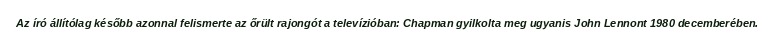
Az író állítólag később azonnal felismerte az őrült rajongót a televízióban: Chapman gyilkolta meg ugyanis John Lennont 1980 decemberében.